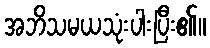
အဘိသမယသုံးပါးပြီး၏။